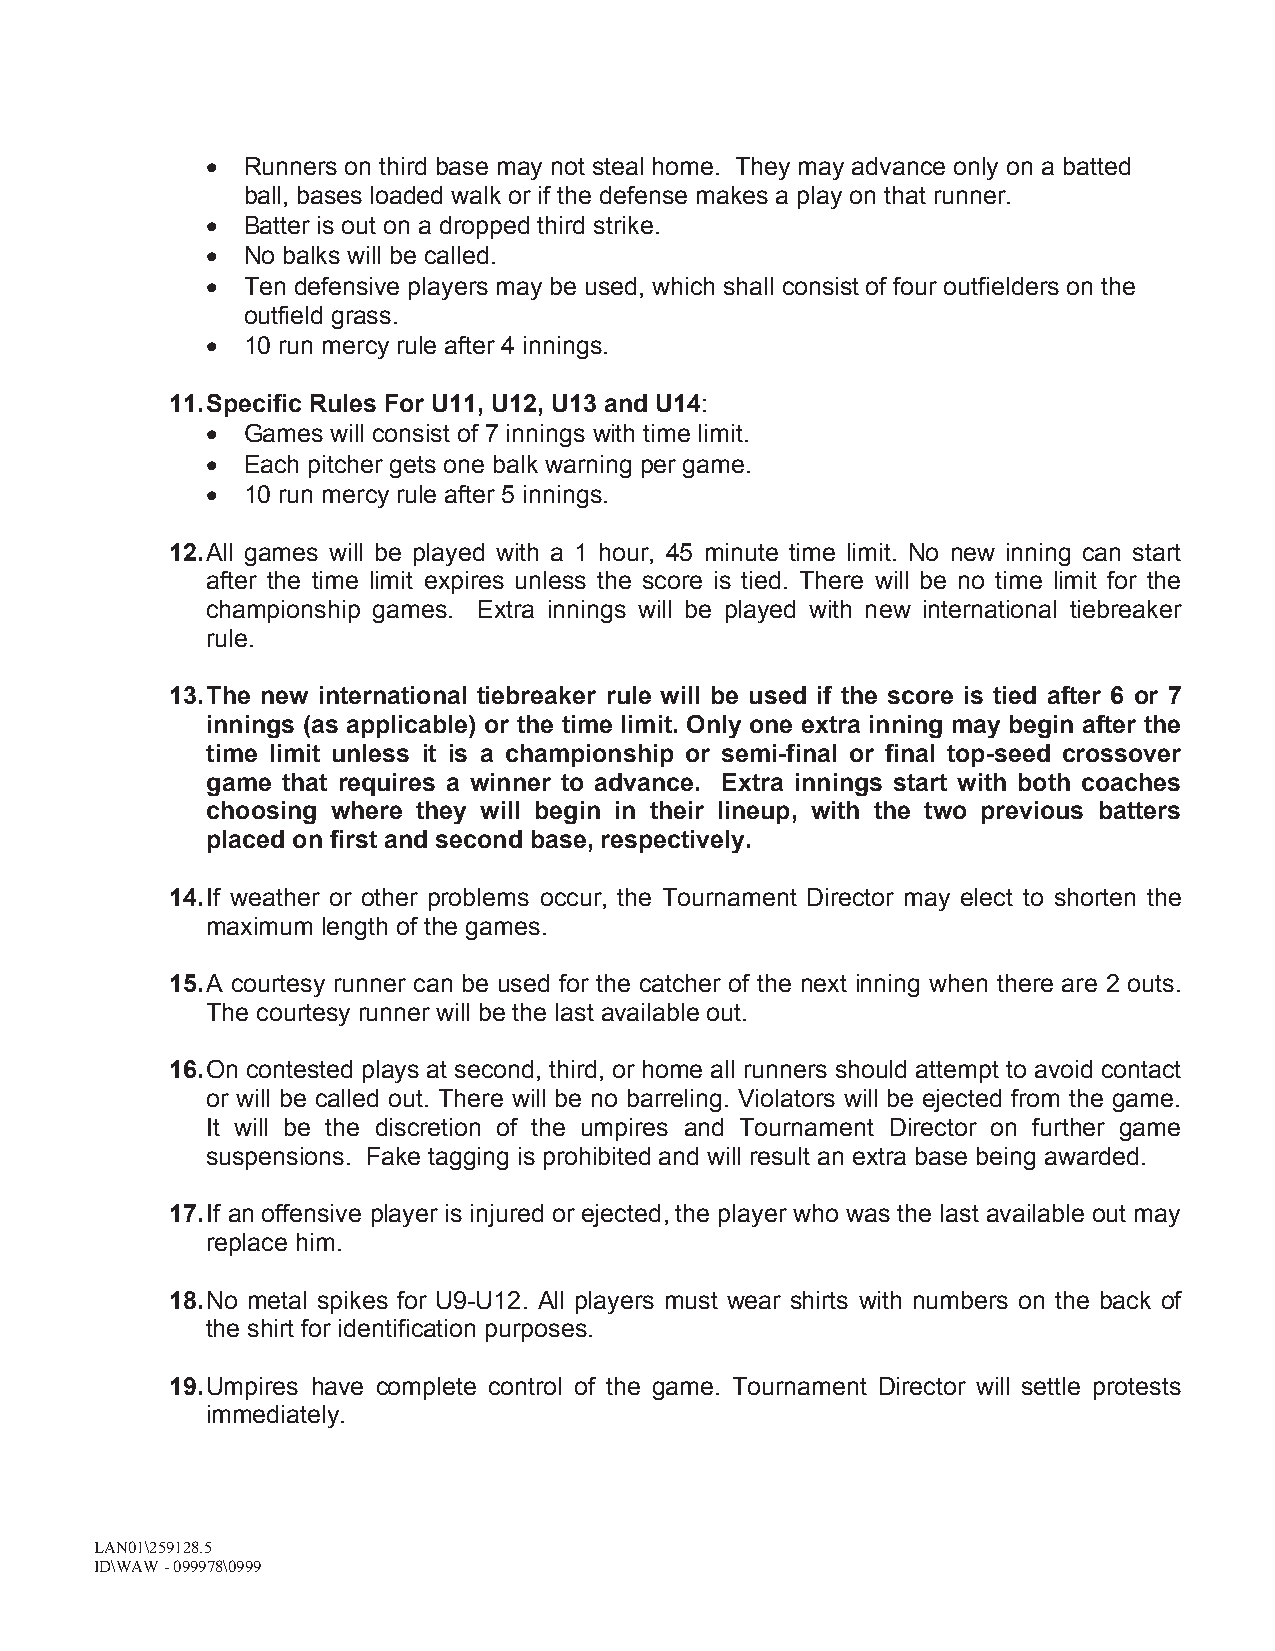
 Runners on third base may not steal home. They may advance only on a batted
 ball, bases loaded walk or if the defense makes a play on that runner.
  Batter is out on a dropped third strike.
  No balks will be called.
  Ten defensive players may be used, which shall consist of four outfielders on the
 outfield grass.
  10 run mercy rule after 4 innings.
 11.Specific Rules For U11, U12, U13 and U14:
  Games will consist of 7 innings with time limit.
  Each pitcher gets one balk warning per game.
  10 run mercy rule after 5 innings.
 12.All games will be played with a 1 hour, 45 minute time limit. No new inning can start
 after the time limit expires unless the score is tied. There will be no time limit for the
 championship games. Extra innings will be played with new international tiebreaker
 rule.
 13.The new international tiebreaker rule will be used if the score is tied after 6 or 7
 innings (as applicable) or the time limit. Only one extra inning may begin after the
 time limit unless it is a championship or semi-final or final top-seed crossover
 game that requires a winner to advance. Extra innings start with both coaches
 choosing where they will begin in their lineup, with the two previous batters
 placed on first and second base, respectively.
 14.If weather or other problems occur, the Tournament Director may elect to shorten the
 maximum length of the games.
 15.A courtesy runner can be used for the catcher of the next inning when there are 2 outs.
 The courtesy runner will be the last available out.
 16.On contested plays at second, third, or home all runners should attempt to avoid contact
 or will be called out. There will be no barreling. Violators will be ejected from the game.
 It will be the discretion of the umpires and Tournament Director on further game
 suspensions. Fake tagging is prohibited and will result an extra base being awarded.
 17.If an offensive player is injured or ejected, the player who was the last available out may
 replace him.
 18.No metal spikes for U9-U12. All players must wear shirts with numbers on the back of
 the shirt for identification purposes.
 19.Umpires have complete control of the game. Tournament Director will settle protests
 immediately.
 LAN01\259128.5
 ID\WAW -099978\0999